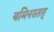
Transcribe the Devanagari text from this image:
यमिनस्तत्